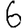
Digit: 6